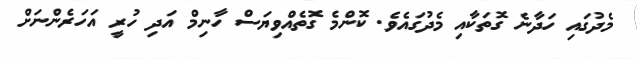
މެދުގައި ހަދާނެ ގޮތަކާއި މެދުގައެވެ. ކޮންމެ ގޮތެއްވިޔަސް ހާނިމް އަދި ހުރީ އަހަރެންނަށް